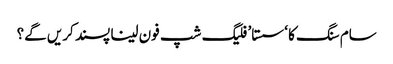
سام سنگ کا ‘سستا’ فلیگ شپ فون لینا پسند کریں گے؟